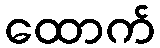
ထောက်